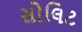
સોલિટ